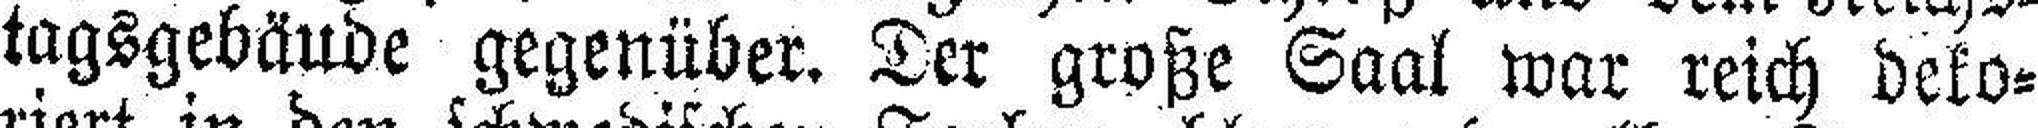
tagsgebäude gegenüber. Der große Saal war reich deko¬